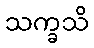
သက္ခသိ